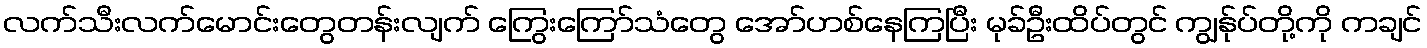
လက်သီးလက်မောင်းတွေတန်းလျက် ကြွေးကြော်သံတွေ အော်ဟစ်နေကြပြီး မုခ်ဦးထိပ်တွင် ကျွန်ုပ်တို့ကို ကချင်